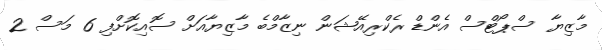
މާޒިޔާ ސްޕޯޓްސް އެންޑް ރެކްރިއޭޝަން ނިޒާމްބެ މާޒިޔާއަށް ސޮއިކޮށްފި 6 މަސް 2